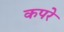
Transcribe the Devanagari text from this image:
कपरे